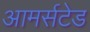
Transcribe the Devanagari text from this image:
आमर्सटेड